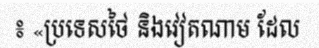
៖ «ប្រទេសថៃ និងវៀតណាម ដែល